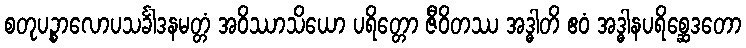
စတုပဉ္စာလောပသင်္ခါဒနမတ္တံ အဝိဿာသိယော ပရိတ္တော ဇီဝိတဿ အဒ္ဓါတိ ဧဝံ အဒ္ဓါနပရိစ္ဆေဒတော